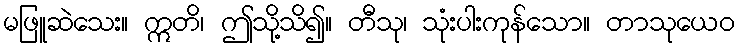
မဖြူဆဲသေး။ ဣတိ၊ ဤသို့သိ၍။ တီသု၊ သုံးပါးကုန်သော။ တာသုယေဝ